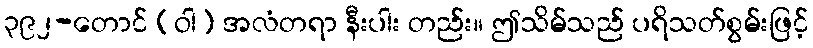
၃၉၂-တောင် (ဝါ) အလံတရာ နီးပါး တည်း။ ဤသိမ်သည် ပရိသတ်စွမ်းဖြင့်